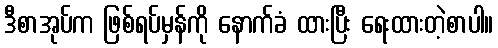
ဒီစာအုပ်က ဖြစ်ရပ်မှန်ကို နောက်ခံ ထားပြီး ရေးထားတဲ့စာပါ။